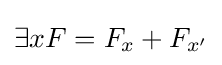
\exists xF=F_{x}+F_{x'}